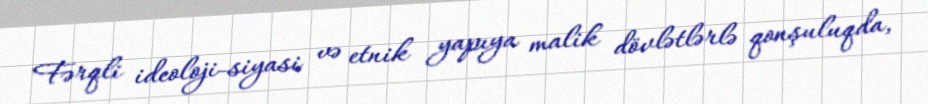
Fərqli ideoloji-siyasi və etnik yapıya malik dövlətlərlə qonşuluqda,